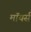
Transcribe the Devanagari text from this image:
मॉयर्स